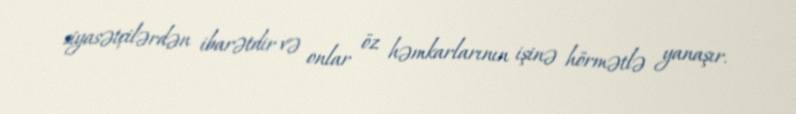
siyasətçilərdən ibarətdir və onlar öz həmkarlarının işinə hörmətlə yanaşır.